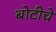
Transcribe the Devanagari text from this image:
बोटीचे